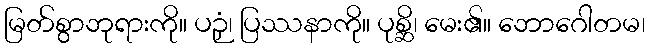
မြတ်စွာဘုရားကို။ ပဉှံ၊ ပြဿနာကို။ ပုစ္ဆိ၊ မေး၏။ ဘောဂေါတမ၊